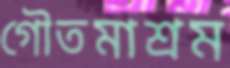
গৌতমাশ্রম